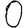
Digit: 0